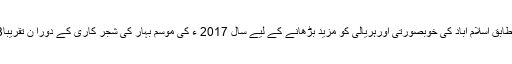
سی ڈی اے کے ترجمان کے مطابق اسلام آباد کی خوبصورتی اورہریالی کو مزید بڑھانے کے لیے سال 2017 ء کی موسمِ بہار کی شجر کاری کے دورا ن تقریباً3 لاکھ پودے لگائے جائیں گے۔